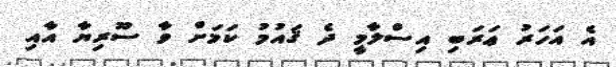
އެ އަހަރު ޢަރަބި އިސްލާމީ ދެ ޤައުމު ކަމަށް ވާ ސޫރިޔާ އާއި